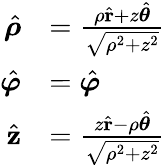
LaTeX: {\begin{array}{rl}{{\hat{\boldsymbol{\rho}}}}&{={\frac{\rho{\hat{\mathbf{r}}}+z{\hat{\boldsymbol{\theta}}}}{\sqrt{\rho^{2}+z^{2}}}}}\\ {{\hat{\boldsymbol{\varphi}}}}&{={\hat{\boldsymbol{\varphi}}}}\\ {{\hat{\mathbf{z}}}}&{={\frac{z{\hat{\mathbf{r}}}-\rho{\hat{\boldsymbol{\theta}}}}{\sqrt{\rho^{2}+z^{2}}}}}\end{array}}